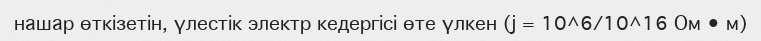
нашар өткізетін, үлестік электр кедергісі өте үлкен (j = 10^6/10^16 Ом • м)